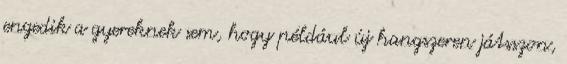
engedik a gyereknek sem, hogy például új hangszeren játsszon,